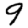
Digit: 9